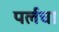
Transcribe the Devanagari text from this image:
पर्लचा